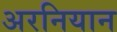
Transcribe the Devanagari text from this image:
अरनियान